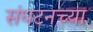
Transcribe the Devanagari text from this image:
संघटनच्या